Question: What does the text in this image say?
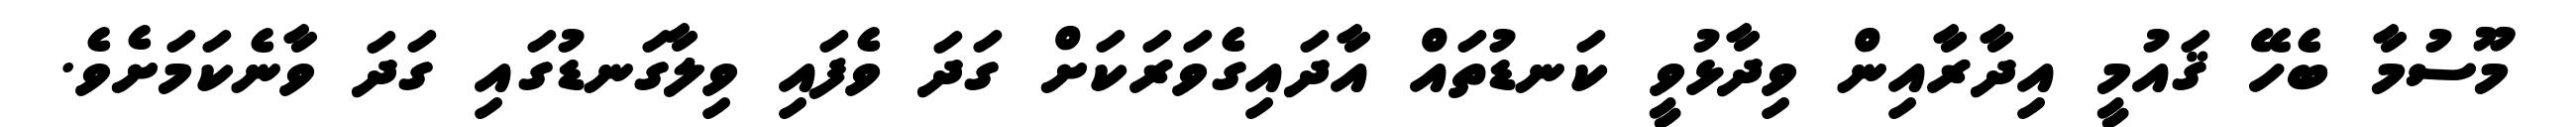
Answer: މޫސުމާ ބެހޭ ޤައުމީ އިދާރާއިން ވިދާޅުވީ ކަނޑުތައް އާދައިގެވަރަކަށް ގަދަ ވެފައި ވިލާގަނޑުގައި ގަދަ ވާނެކަމަށެވެ.